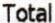
TOTAL